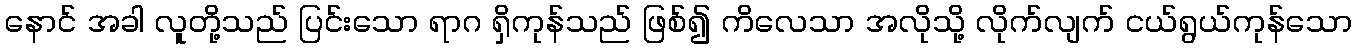
နောင် အခါ လူတို့သည် ပြင်းသော ရာဂ ရှိကုန်သည် ဖြစ်၍ ကိလေသာ အလိုသို့ လိုက်လျက် ငယ်ရွယ်ကုန်သော